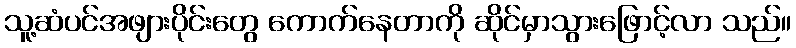
သူ့ဆံပင်အဖျားပိုင်းတွေ ကောက်နေတာကို ဆိုင်မှာသွားဖြောင့်လာ သည်။